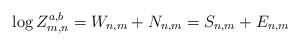
LaTeX: \begin{align*}\log Z^{a,b}_{m,n}=W_{n,m}+N_{n,m}=S_{n,m}+E_{n,m}\end{align*}